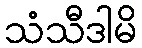
သံသီဒါမိ